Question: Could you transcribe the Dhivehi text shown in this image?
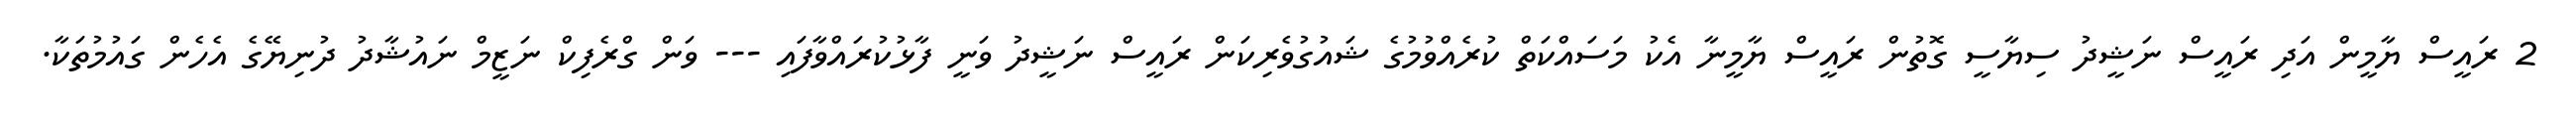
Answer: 2 ރައީސް ޔާމީން އަދި ރައީސް ނަޝީދު ސިޔާސީ ގޮތުން ރައީސް ޔާމީނާ އެކު މަސައްކަތް ކުރެއްވުމުގެ ޝައުގުވެރިކަން ރައީސް ނަޝީދު ވަނީ ފާޅުކުރައްވާފައި --- ވަން ގްރެފިކް ނަޒީމް ނައުޝާދު ދުނިޔޭގެ އެހެން ގައުމުތަކާ.